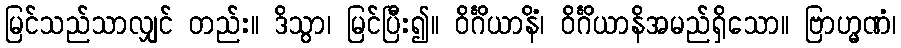
မြင်သည်သာလျှင် တည်း။ ဒိသွာ၊ မြင်ပြီး၍။ ဝိင်္ဂိယာနိံ၊ ဝိင်္ဂိယာနိအမည်ရှိသော။ ဗြာဟ္မဏံ၊